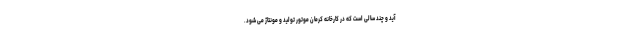
آید و چند سالی است که در کارخانه کرمان موتور تولید و مونتاژ می شود.